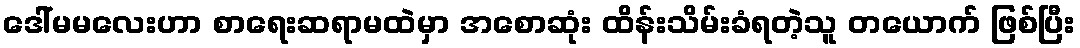
ဒေါ်မမလေးဟာ စာရေးဆရာမထဲမှာ အစောဆုံး ထိန်းသိမ်းခံရတဲ့သူ တယောက် ဖြစ်ပြီး